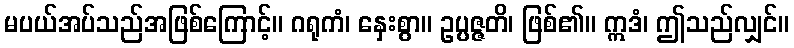
မပယ်အပ်သည်အဖြစ်ကြောင့်။ ဂရုကံ၊ နှေးစွာ။ ဥပ္ပဇ္ဇတိ၊ ဖြစ်၏။ ဣဒံ၊ ဤသည်လျှင်။